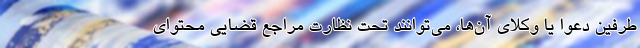
طرفین دعوا یا وکلای آن‌ها، می‌توانند تحت نظارت مراجع قضایی محتوای